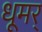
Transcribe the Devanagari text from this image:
धूमर्